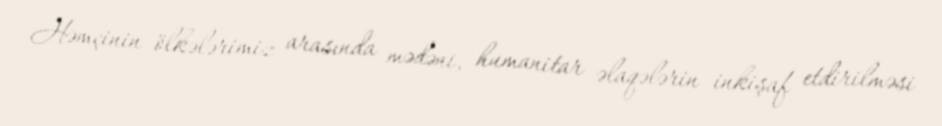
Həmçinin ölkələrimiz arasında mədəni, humanitar əlaqələrin inkişaf etdirilməsi